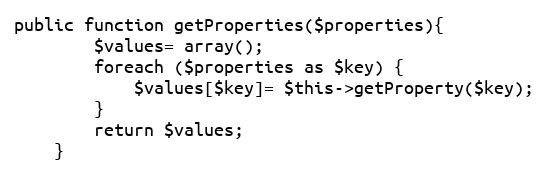
Language: PHP
public function getProperties($properties){
        $values= array();
        foreach ($properties as $key) {
            $values[$key]= $this->getProperty($key);
        }
        return $values;
    }